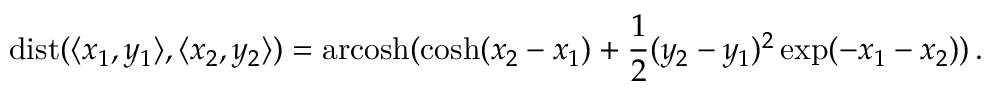
\operatorname { d i s t } ( \langle x _ { 1 } , y _ { 1 } \rangle , \langle x _ { 2 } , y _ { 2 } \rangle ) = \operatorname { a r c o s h } ( \cosh ( x _ { 2 } - x _ { 1 } ) + { \frac { 1 } { 2 } } ( y _ { 2 } - y _ { 1 } ) ^ { 2 } \exp ( - x _ { 1 } - x _ { 2 } ) ) \, .